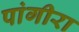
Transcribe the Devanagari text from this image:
पांगीरा